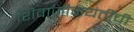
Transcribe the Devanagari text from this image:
शिवाजीजयंतीची